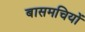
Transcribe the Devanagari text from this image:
बासमचियों